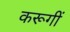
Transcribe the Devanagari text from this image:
करूगीं